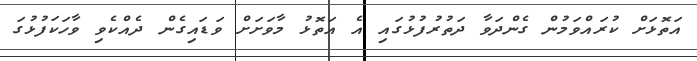
އަތޮޅަށް ކުރައްވަމުން ގެންދަވާ ދަތުރުފުޅުގައި އެ އަތޮޅު މާވަށަށް ވަޑައިގެން ދެއްކެވި ވާހަކަފުޅުގަ